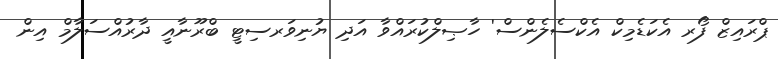
ޕްރައިޒް ފޯރ އެކަޑެމިކް އެކްސެލެންސް' ހާޞިލްކުރައްވާ އަދި ޔުނިވަރސިޓީ ބްރޫނާއީ ދާރުއްސަލާމް އިން